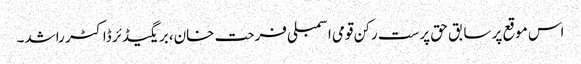
اس موقع پر سابق حق پرست رکن قومی اسمبلی فرحت خان، بریگیڈئر ڈاکٹر راشد۔